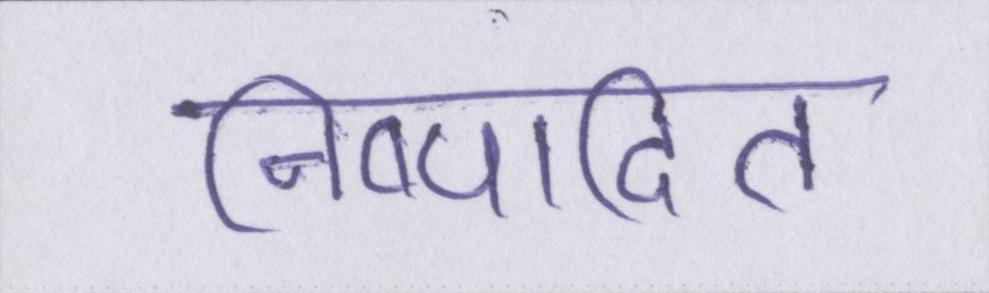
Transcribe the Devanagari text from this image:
निष्पादित